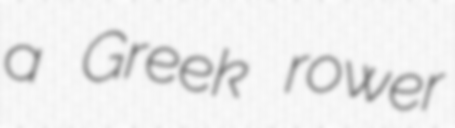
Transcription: a Greek rower